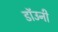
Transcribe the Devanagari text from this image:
डाॅउनी